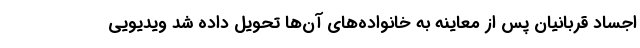
اجساد قربانیان پس از معاینه به خانواده‌های آن‌ها تحویل داده شد ویدیویی